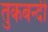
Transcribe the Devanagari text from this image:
तुकबन्दी